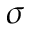
\sigma